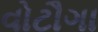
વોટૌગા